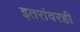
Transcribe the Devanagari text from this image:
इतरांवरही